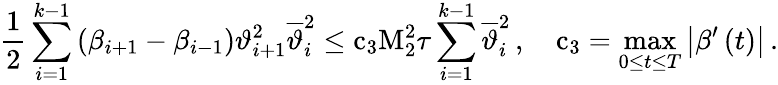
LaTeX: \frac{1}{2}\sum_{i=1}^{k-1}{\left({\beta}_{i+1}-{\beta}_{i-1}\right){\vartheta}_{i+1}^{2}{\overline{{\vartheta}}}_{i}^{2}}\leq{\mathrm{c}}_{3}{\mathrm{M}}_{2}^{2}{\tau}\sum_{i=1}^{k-1}{{\overline{{\vartheta}}}_{i}^{2}}\, ,\quad{\mathrm{c}}_{3}=\operatorname*{max}_{0\leq t\leq{T}}{\left|{\beta}^{\prime}\left(t\right)\right|}\, .